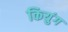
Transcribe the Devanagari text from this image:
कियुंग